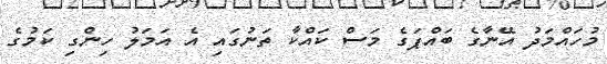
މުހައްމަދު އޭނާގެ ބައްޕަގެ މަސް ކައްކާ ތަނުގައި އެ އަމަލު ހިންގި ކަމުގެ